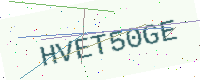
Text: HVET50GE